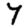
Digit: 7